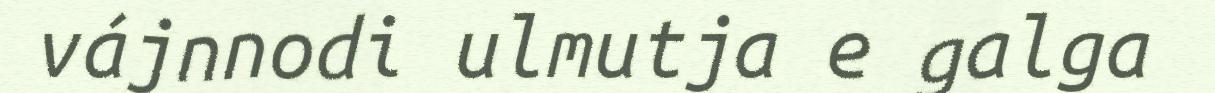
vájnnodi ulmutja e galga